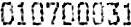
010700031